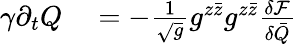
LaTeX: \begin{array}{rl}{\gamma\partial_{t}Q}&{{}=-\frac{1}{\sqrt{g}}g^{z\bar{z}}g^{z\bar{z}}\frac{\delta\mathcal F}{\delta\bar{Q}}}\end{array}